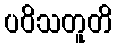
ပဝိသတူတိ